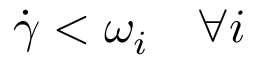
\dot { \gamma } < \omega _ { i } \quad \forall i